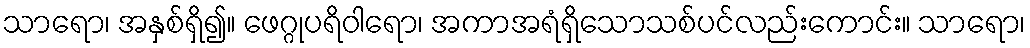
သာရော၊ အနှစ်ရှိ၍။ ဖေဂ္ဂုပရိဝါရော၊ အကာအရံရှိသောသစ်ပင်လည်းကောင်း။ သာရော၊